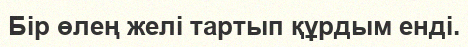
Бір өлең желі тартып құрдым енді.